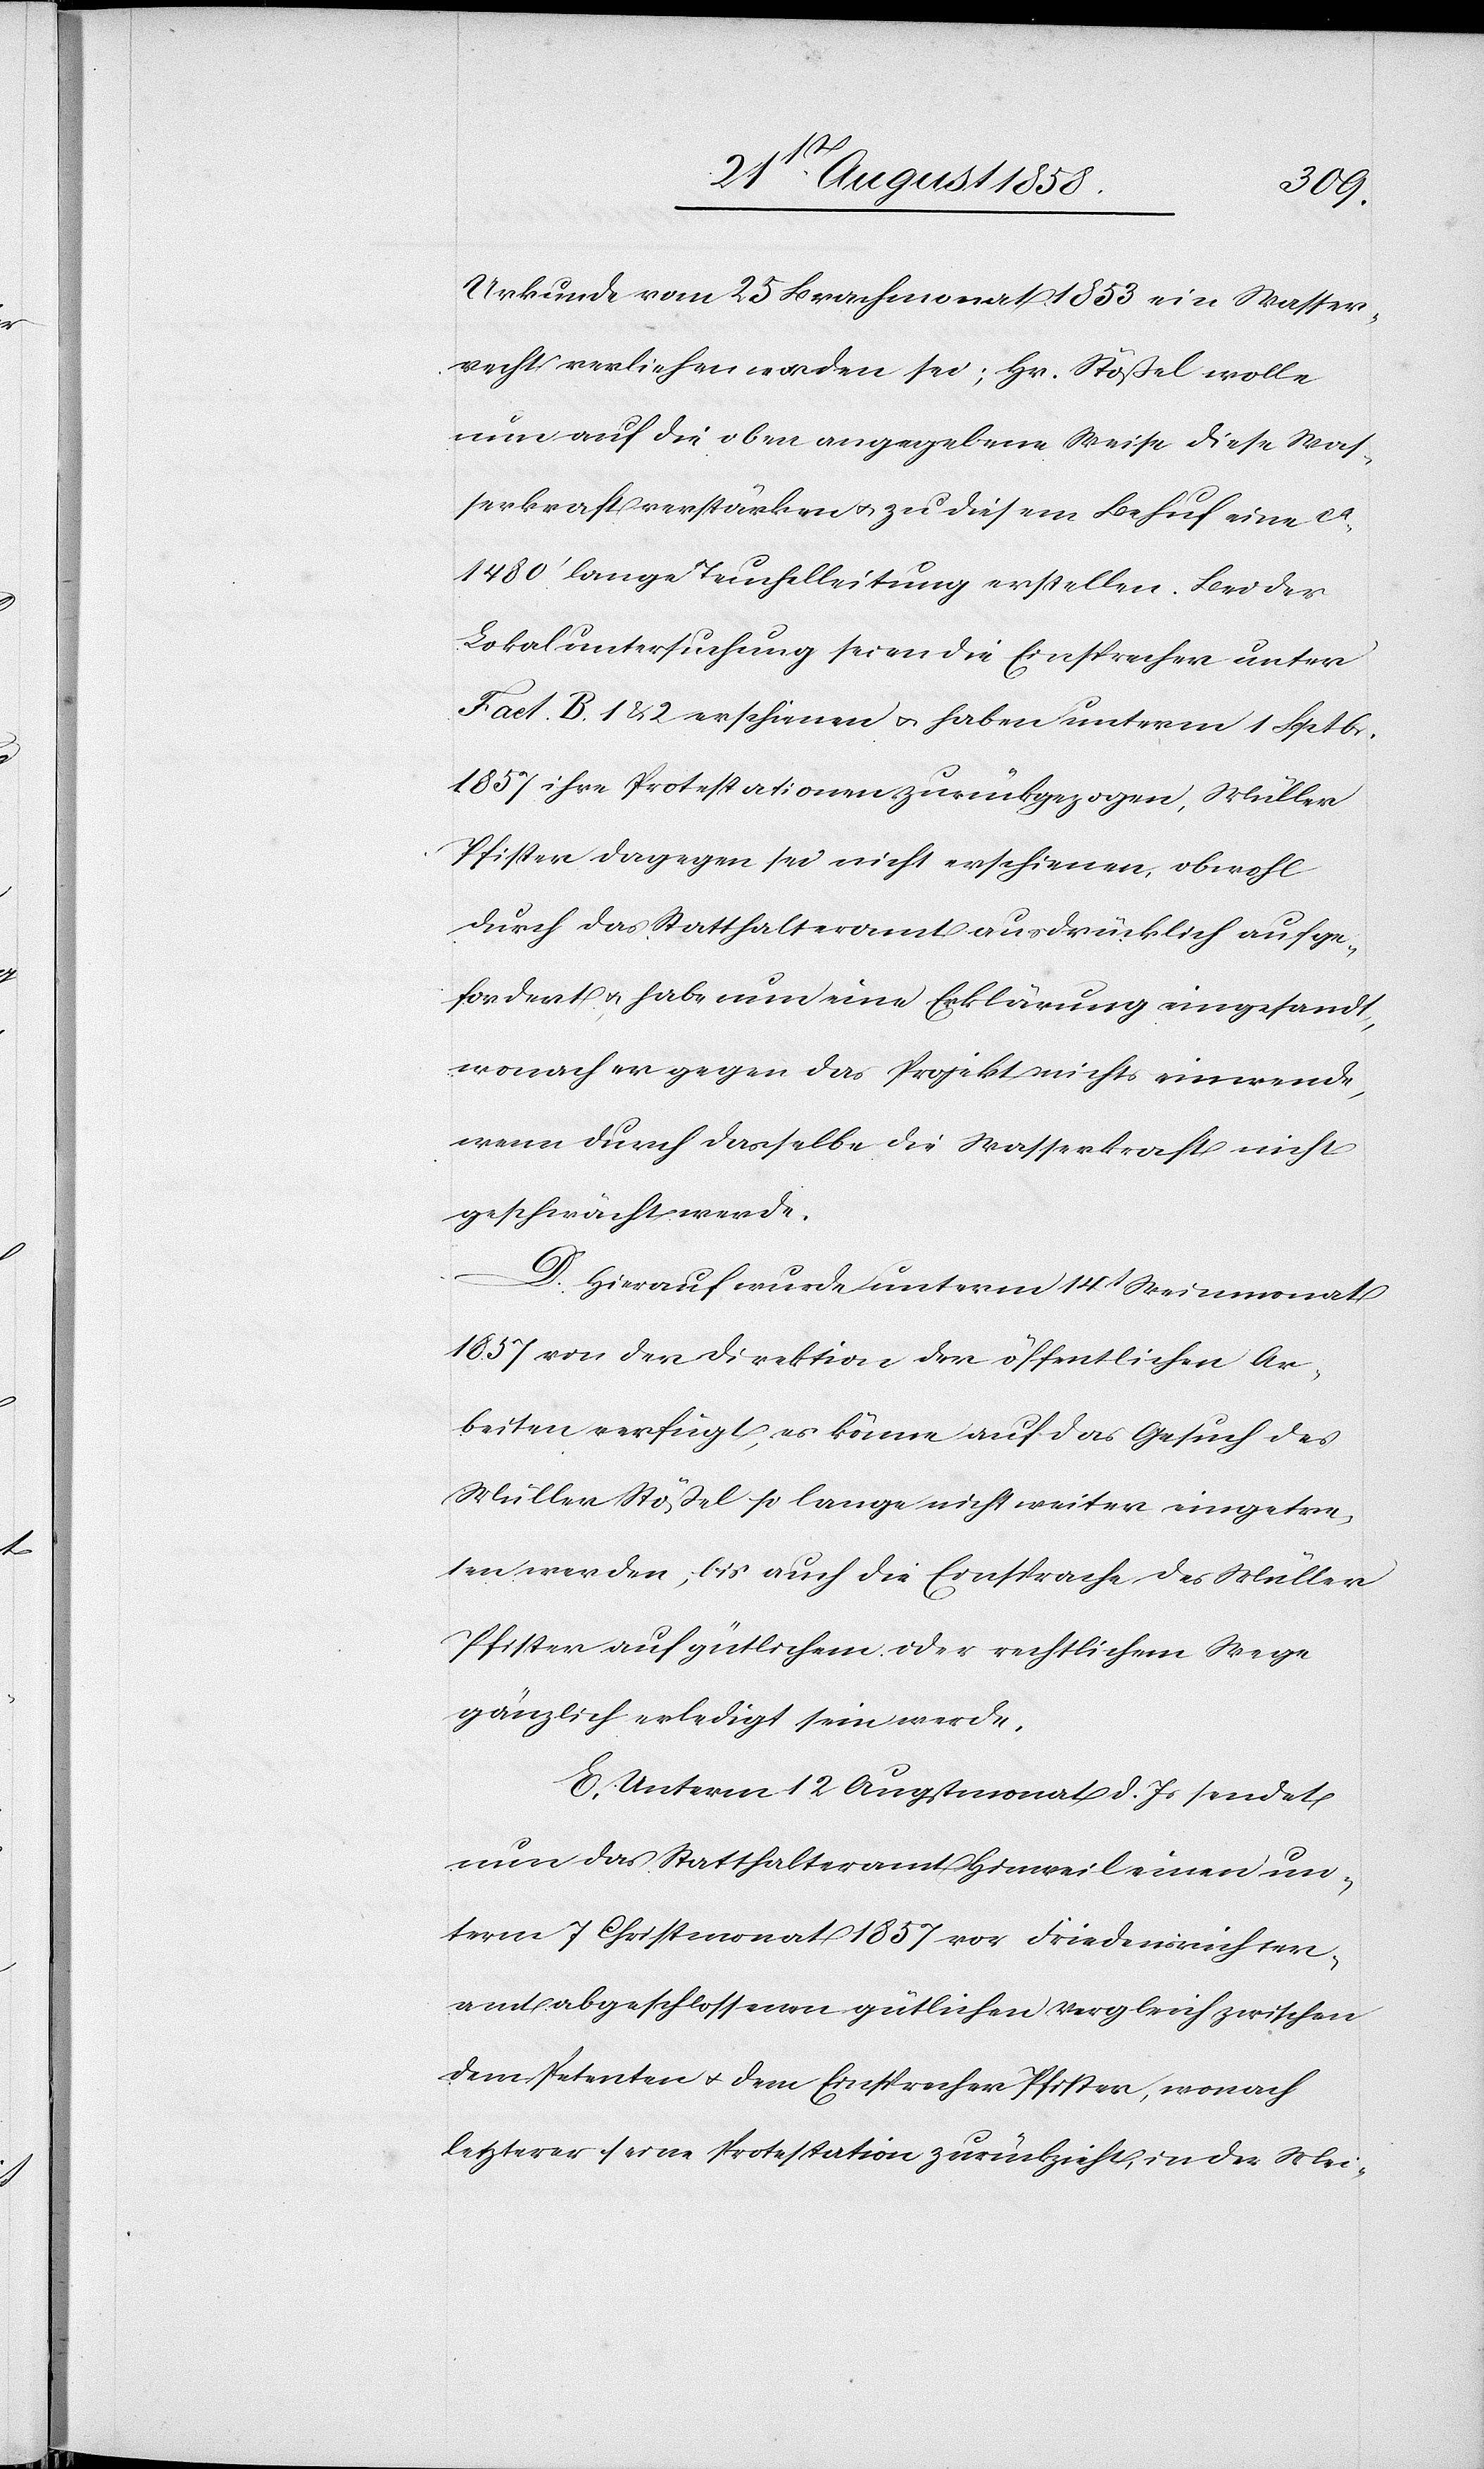
Urkunde vom 25 Brachmonat 1853 ein Wasser¬
recht verliehen worden sei; Hr. Stößel wolle
nun auf die oben angegebene Weise diese Was¬
serkraft verstärken & zu diesem Behuf eine ca
1480‘ lange Teuchelleitung erstellen. Bei der
Lokaluntersuchung seien die Einsprecher unter
Fact. B. 1 & 2 erschienen & haben unterm 1 Septbr.
1857 ihre Protestationen zurückgezogen, Müller
Pfister dagegen sei nicht erschienen, obwohl
durch das Statthalteramt ausdrücklich aufge¬
fordert, & habe nun eine Erklärung eingesandt,
wonach er gegen das Projekt nichts einwende,
wenn durch dasselbe die Wasserkraft nicht
geschwächt werde.
D. Hierauf wurde unterm 14t Weinmonat
1857 von der Direktion der öffentlichen Ar¬
beiten verfügt, es könne auf das Gesuch des
Müller Stößel so lange nicht weiter eingetre¬
ten werden, bis auch die Einsprache des Müller
Pfister auf gütlichem oder rechtlichem Wege
gänzlich erledigt sein werde.
E. Unterm 12 Augstmonat d. Js sendet
nun das Statthalteramt Hinweil einen un¬
term 7 Christmonat 1857 vor Friedensrichter¬
amt abgeschlossenen gütlichen Vergleich zwischen
dem Petenten & dem Einsprecher Pfister, wonach
letzterer seine Protestation zurückzieht, in der Mei-